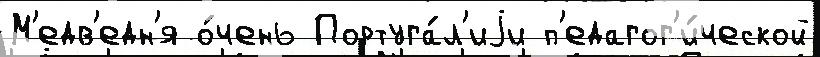
М'едв'едн'я о́чень Португа́л'иjи п'едагог'и́ческой